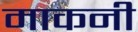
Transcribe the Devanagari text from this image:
माकनी